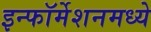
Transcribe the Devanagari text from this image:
इन्फॉर्मेशनमध्ये